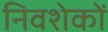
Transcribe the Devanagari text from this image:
निवशेकों